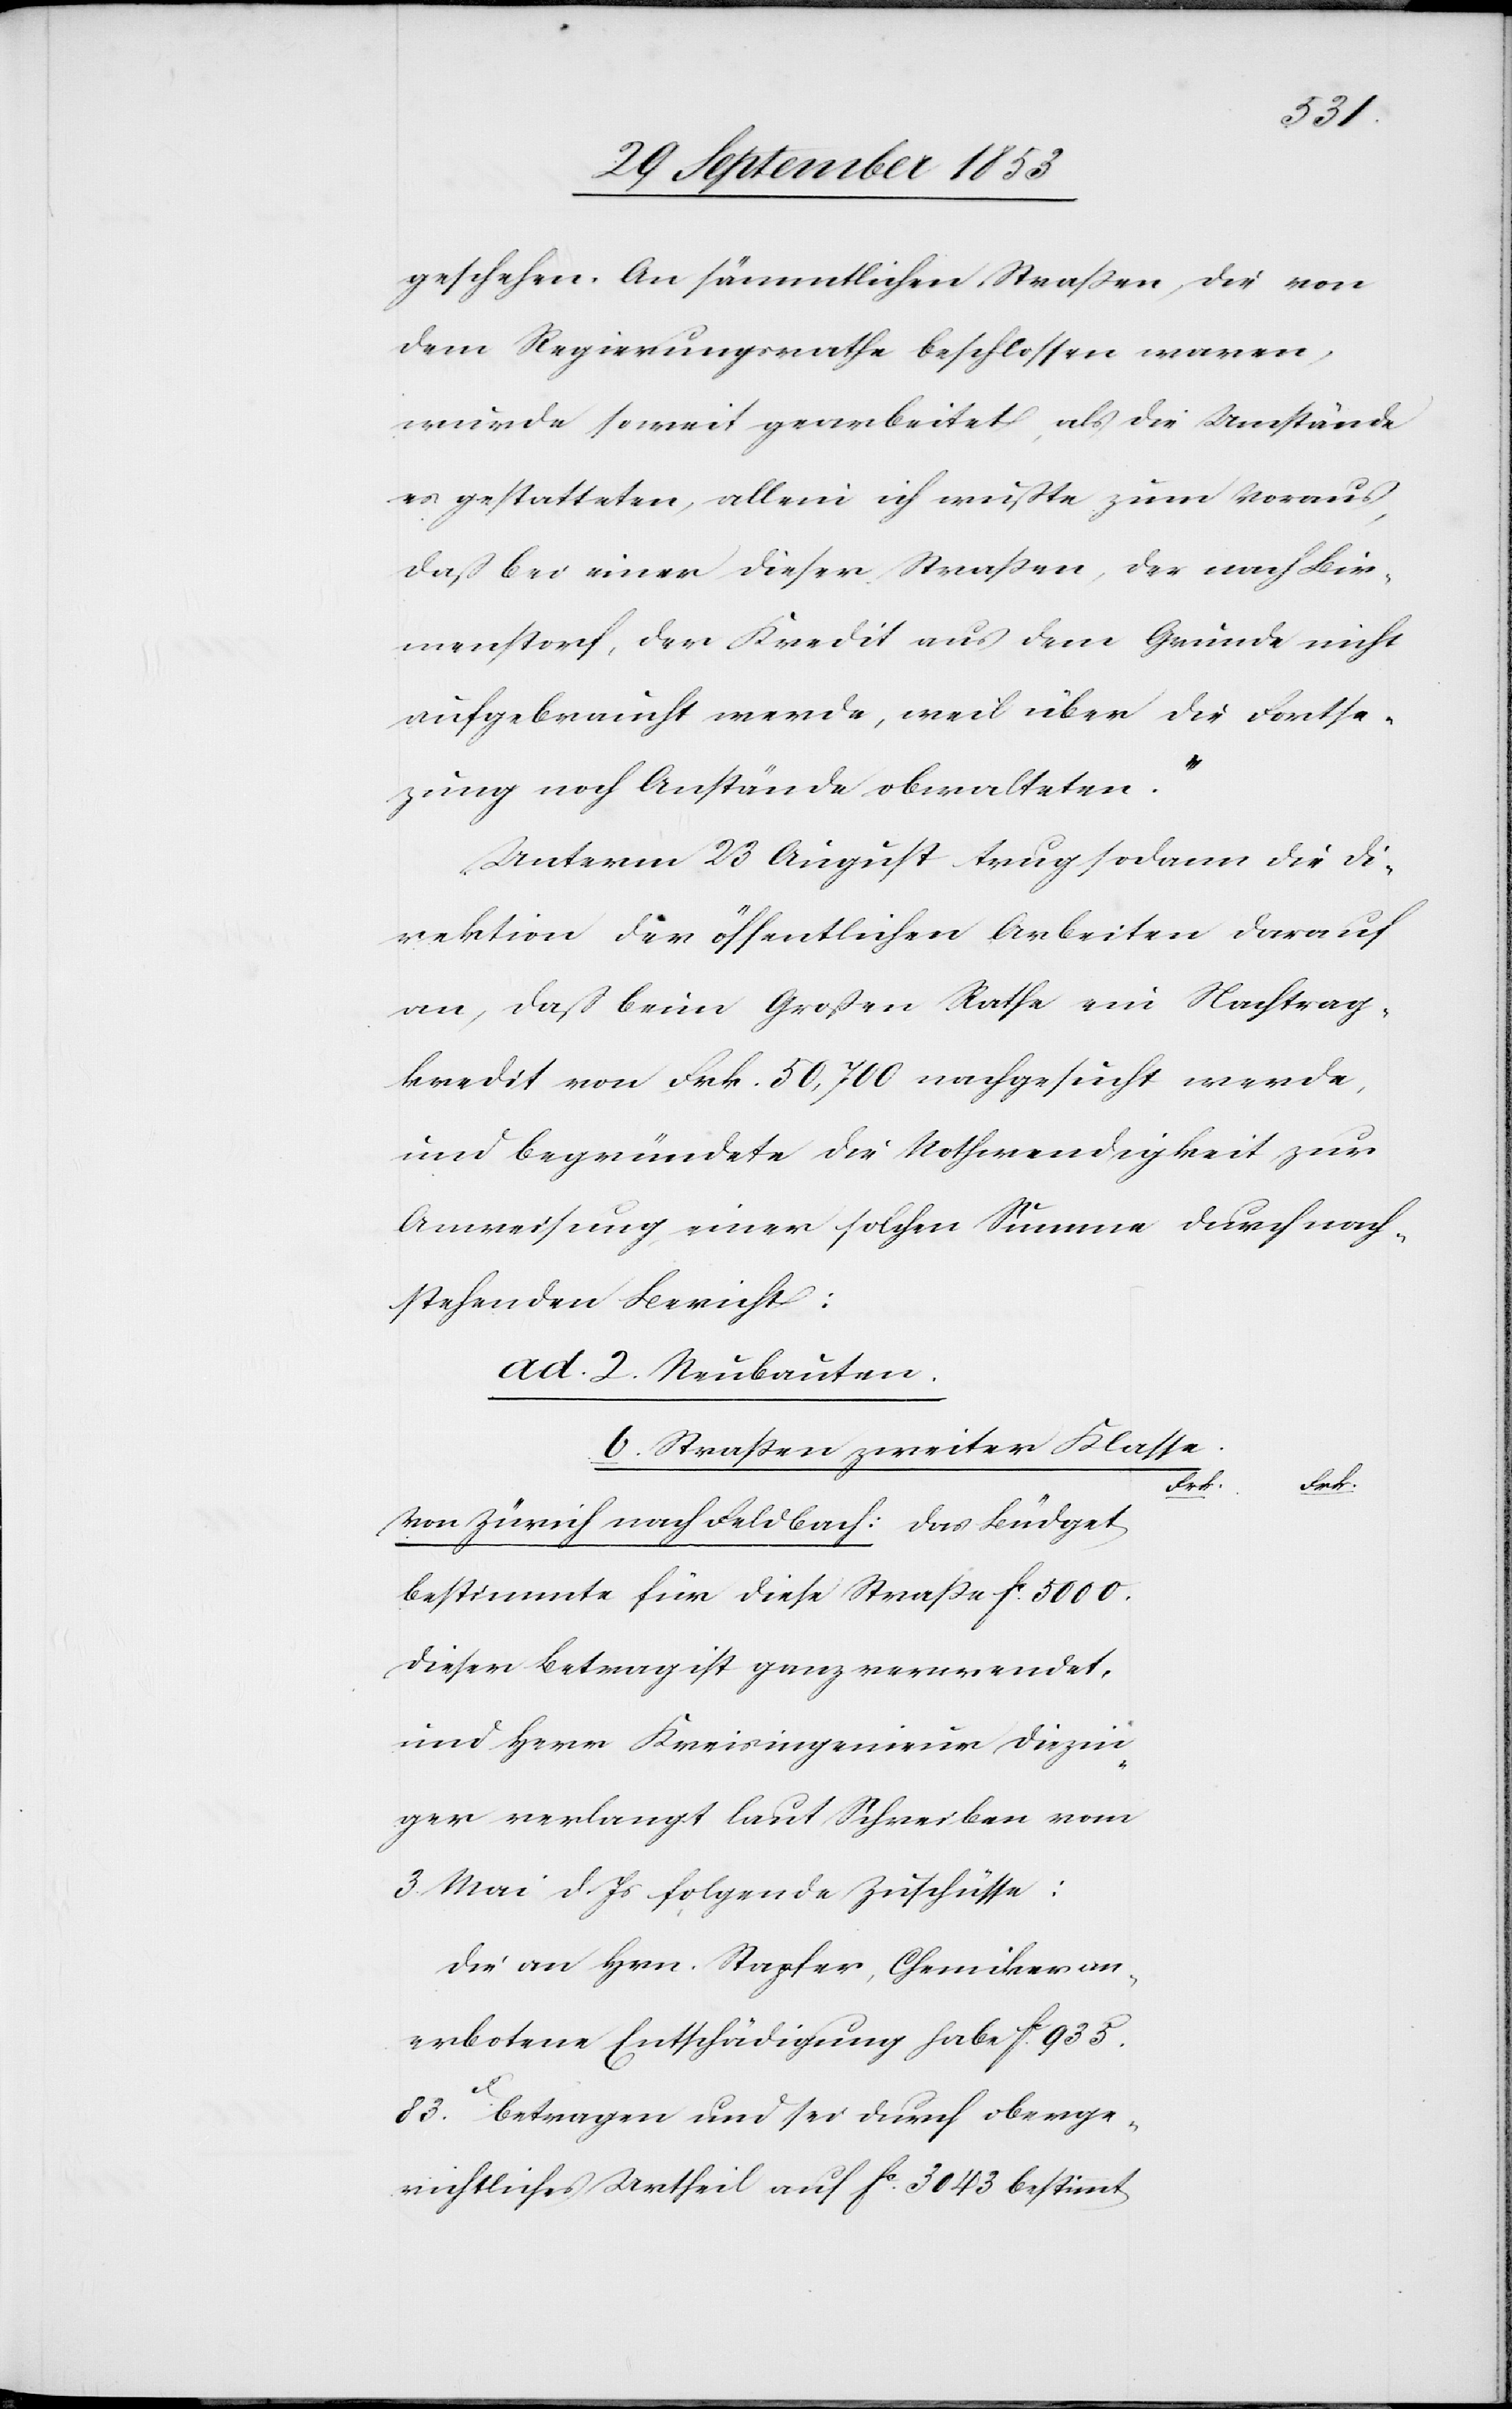
geschehen. An sämmtlichen Straßen die von
dem Regierungsrathe beschlossen waren,
wurde soweit gearbeitet, als die Umstände
es gestatteten, allein ich wußte zum voraus,
daß bei einer dieser Straßen, der nach Bir¬
menstorf, der Kredit aus dem Grunde nicht
aufgebraucht werde, weil über die Fortse¬
tzung noch Anstände obwalteten.“
Unterm 23 August trug sodann die Di¬
rektion der öffentlichen Arbeiten darauf
an, daß beim Großen Rathe ein Nachtrag¬
kredit von Frk. 50,700 nachgesucht werde,
und begründete die Nothwendigkeit zur
Anweisung einer solchen Summe durch nach¬
stehenden Bericht:
ad. Neubauten.
b. Straßen zweiter Klaße.
Frk.
Frk.
bestimmte für diese Straße fc 5000.
Dieser Betrag ist ganz verwendet,
und Herr Kreisingenieur Diezin¬
ger verlangt laut Schreiben vom
3 Mai d. Js. folgende Zuschüsse:
Die an Hrn. Stapfer, Chemiker an¬
erbotene Entschädigung habe fc 935.
83c betragen und sei durch oberge¬
richtliches Urtheil auf fc 3043 bestimmt